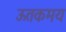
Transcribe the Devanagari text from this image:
ऊतकमय